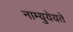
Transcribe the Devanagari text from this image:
नाम्युयेयते